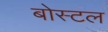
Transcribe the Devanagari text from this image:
बोस्टल